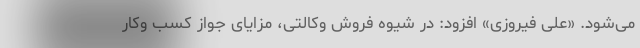
می‌شود. «علی فیروزی» افزود: در شیوه فروش وکالتی، مزایای جواز کسب وکار